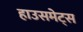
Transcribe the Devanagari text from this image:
हाउसमेट्स